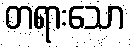
တရားသော